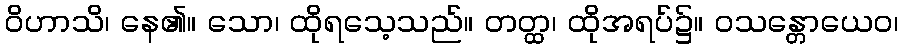
ဝိဟာသိ၊ နေ၏။ သော၊ ထိုရသေ့သည်။ တတ္ထ၊ ထိုအရပ်၌။ ဝသန္တောယေဝ၊